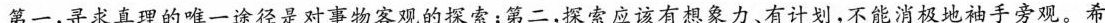
第一，寻求真理的唯一途径是对事物客观的探索；第二，探索应该有想象力、有计划，不能消极地袖手旁观。希